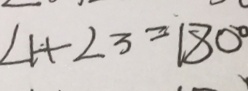
\angle 1 + \angle 3 = 1 8 0 ^ { \circ }